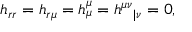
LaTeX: h _ { r r } = h _ { r \mu } = h _ { \mu } ^ { \mu } = h ^ { \mu \nu } { } _ { | \nu } = 0 ,